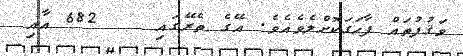
ވަޤުފުތައް ފާހަގަކޮށްލެވެއެވެ. އޭގެ ތެރޭގައި    682 އާއި